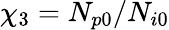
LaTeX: \chi_{3}=N_{p0}/N_{i0}